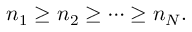
n _ { 1 } \ge n _ { 2 } \ge \cdots \ge n _ { N } .